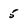
Character: 5